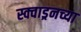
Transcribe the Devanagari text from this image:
स्क्वाड्रनच्या